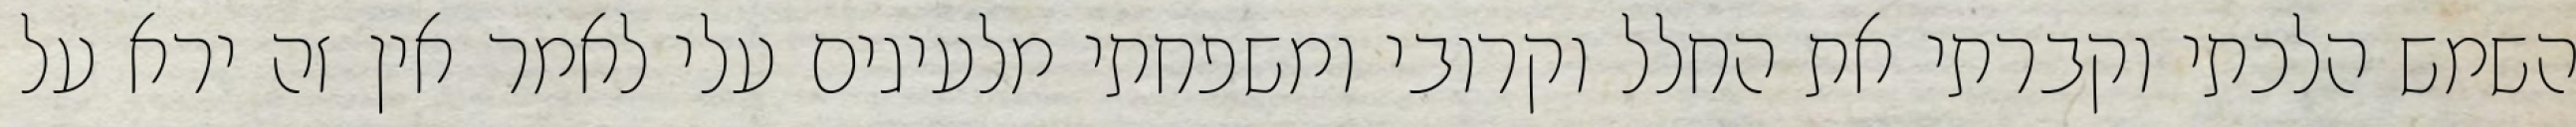
השמש הלכתי וקברתי את החלל וקרובי ומשפחתי מלעיגים עלי לאמר אין זה ירא על